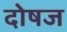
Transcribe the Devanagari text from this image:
दोषज